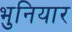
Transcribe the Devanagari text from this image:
भुनियार